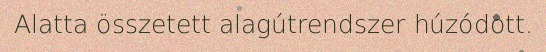
Alatta összetett alagútrendszer húzódott.